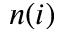
n ( i )